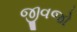
જીવજો